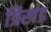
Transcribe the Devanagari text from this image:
त्रिखंड